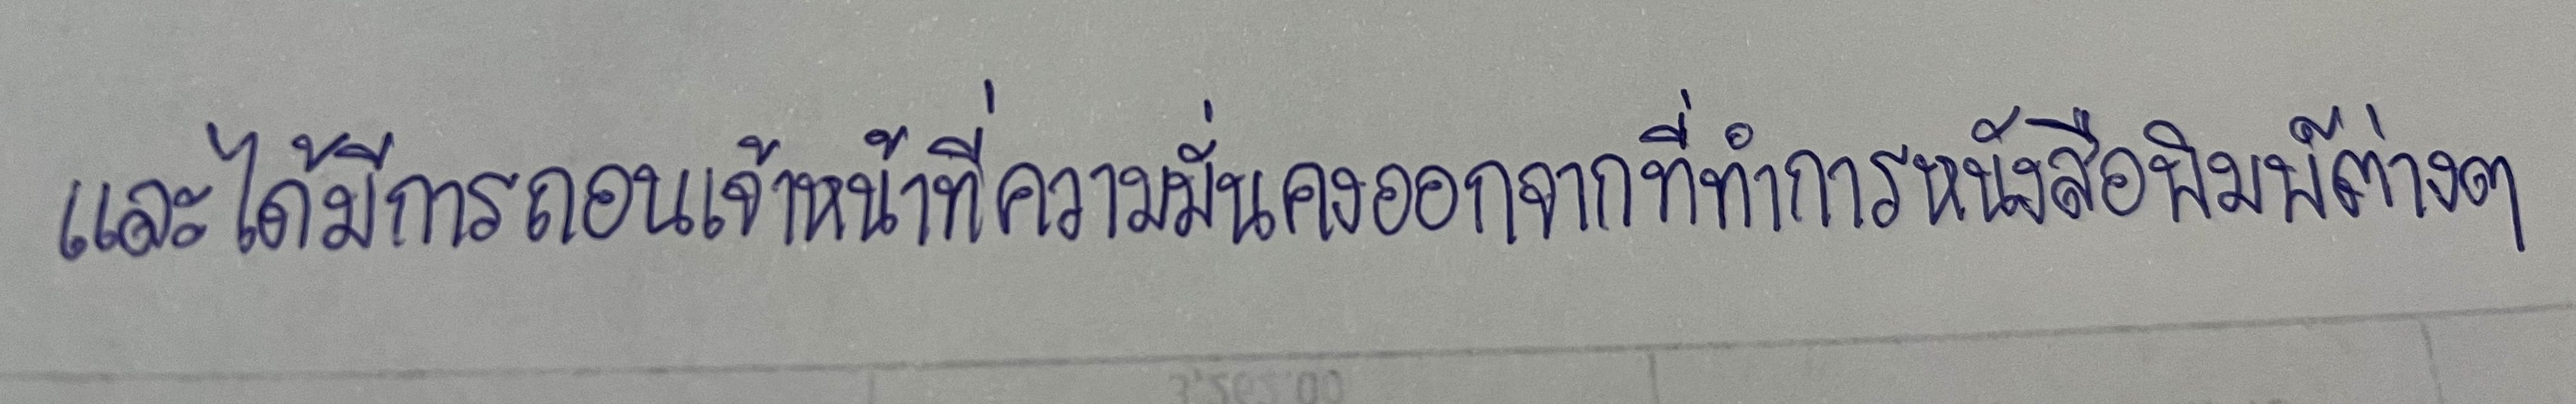
และได้มีการถอนเจ้าหน้าที่ความมั่นคงออกจากที่ทำการหนังสือพิมพ์ต่างๆ